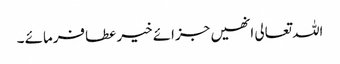
اللہ تعالی انھیں جزائے خیر عطافرمائے ۔